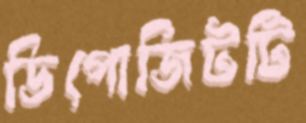
ডিপোজিটটি